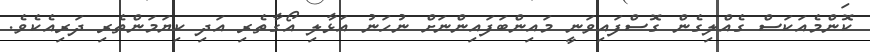
ކޮންމެއަކަސް ގެއްލިގެން ގޮސްފައިވަނީ މައިންބަފައިންނަށް ނުހަނު އަޅާލި އޯގާތެރި އަދި ކިޔަމަންތެރި ދަރިއެކެވެ.